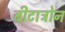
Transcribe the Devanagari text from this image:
बीटाट्रोन